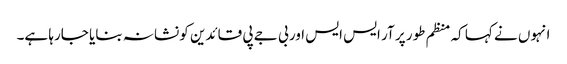
انہوں نے کہا کہ منظم طور پر آر ایس ایس اور بی جے پی قائدین کو نشانہ بنایا جارہا ہے۔